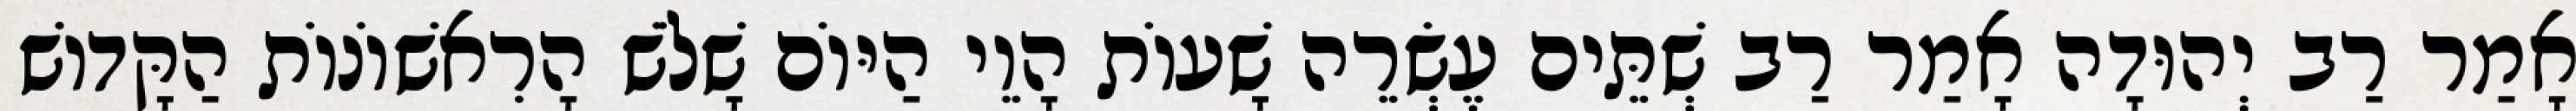
אָמַר רַב יְהוּדָה אָמַר רַב שְׁתֵּים עֶשְׂרֵה שָׁעוֹת הָוֵי הַיּוֹם שָׁלֹשׁ הָרִאשׁוֹנוֹת הַקָּדוֹשׁ